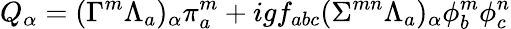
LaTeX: Q_{\alpha}=(\Gamma^{m}\Lambda_{a})_{\alpha}\pi_{a}^{m}+igf_{abc}(\Sigma^{mn}\Lambda_{a})_{\alpha}\phi_{b}^{m}\phi_{c}^{n}